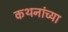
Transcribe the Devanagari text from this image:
कथनांच्या